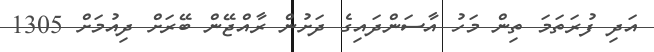
އަދި ފުރަތަމަ ތިން މަހު އާސަންދައިގެ ދަށުން ރާއްޖޭން ބޭރަށް ދިއުމަށް 1305